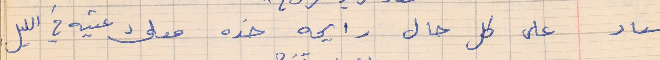
سعاد       على كل حال رايحه خده معك عتيه في الليل